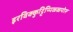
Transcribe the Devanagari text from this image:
इरविक्कुट्टिप्पिळ्ळपोरू